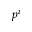
p ^ { i }